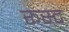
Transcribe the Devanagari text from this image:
रूस्ट